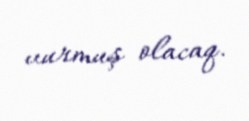
vurmuş olacaq.